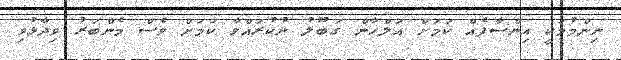
ނިންމުމަކީ އިންސާފެއް ކަމަށް އަލްހާން ގަބޫލު ނުކުރައްވާ ކަމަށް ވެސް މެންބަރު ވިދާޅުވި